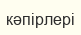
кәпірлері